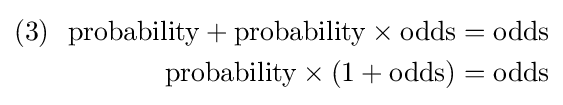
{\begin{aligned}(3)\ {\text{ probability}}+{\text{probability}}\times {\text{odds}}&={\text{odds}}\\{\text{probability}}\times (1+{\text{odds}})&={\text{odds}}\end{aligned}}